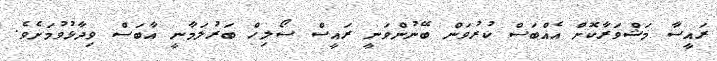
ރައީސާ މަޝްވަރާކޮށް އެއްބަސް ކުރުވަން ބޭނުންވަނީ ރައީސް ސޯލިހް ބަރުލަމާނީ އާބަސް ވިދާޅުވުމަށެވެ.